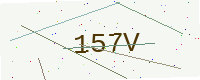
Text: 157V